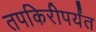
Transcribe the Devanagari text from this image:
तपकिरीपर्यंत